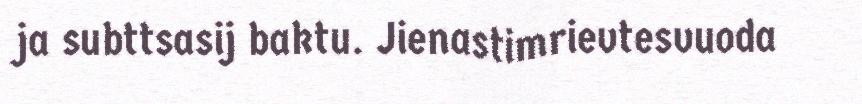
ja subttsasij baktu. Jienastimrievtesvuoda